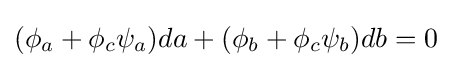
(\phi _{a}+\phi _{c}\psi _{a})da+(\phi _{b}+\phi _{c}\psi _{b})db=0